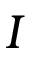
I